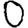
Digit: 0